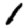
Digit: 1